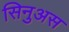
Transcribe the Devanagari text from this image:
सिनुअस